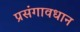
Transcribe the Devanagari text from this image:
प्रसंगावधान